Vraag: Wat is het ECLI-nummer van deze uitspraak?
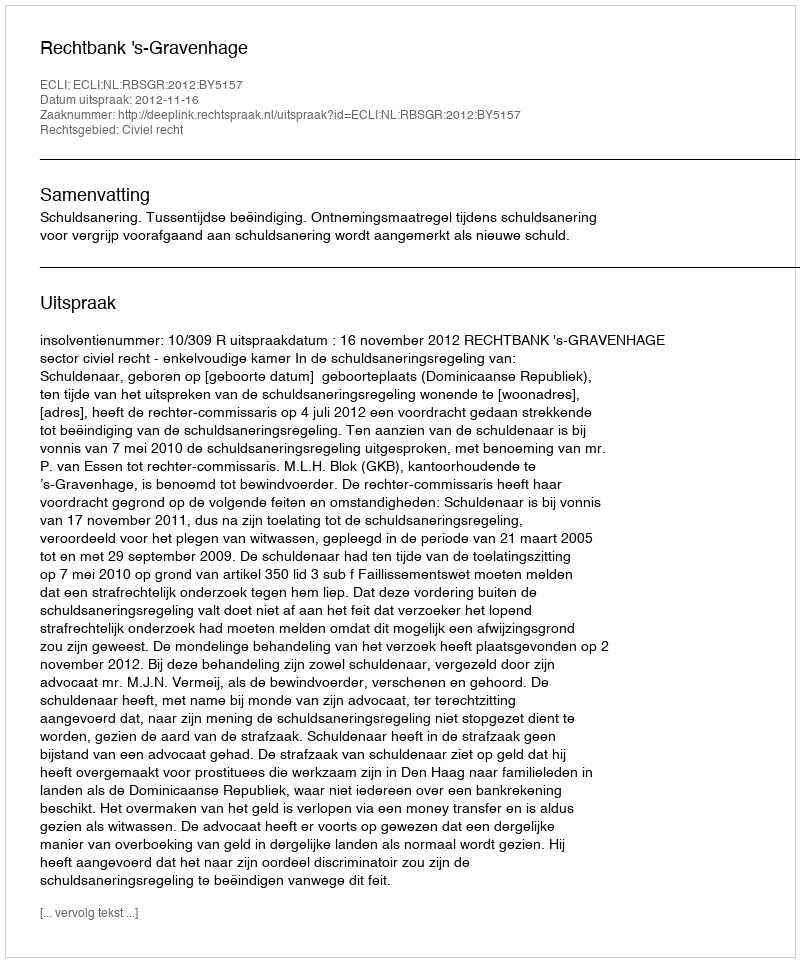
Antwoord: ECLI:NL:RBSGR:2012:BY5157